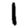
Digit: 1